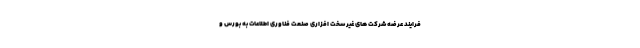
فرایند عرضه شرکت های غیر سخت افزاری صنعت فناوری اطلاعات به بورس و